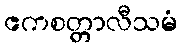
ဧကစတ္တာလီသမံ